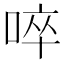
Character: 啐